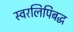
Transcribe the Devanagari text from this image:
स्वरलिपिबद्ध